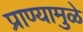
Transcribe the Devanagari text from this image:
प्राण्यामुळे